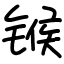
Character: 𬭤